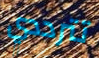
تترددي